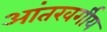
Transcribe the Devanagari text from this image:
आंतरवर्गीय